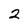
Character: 2